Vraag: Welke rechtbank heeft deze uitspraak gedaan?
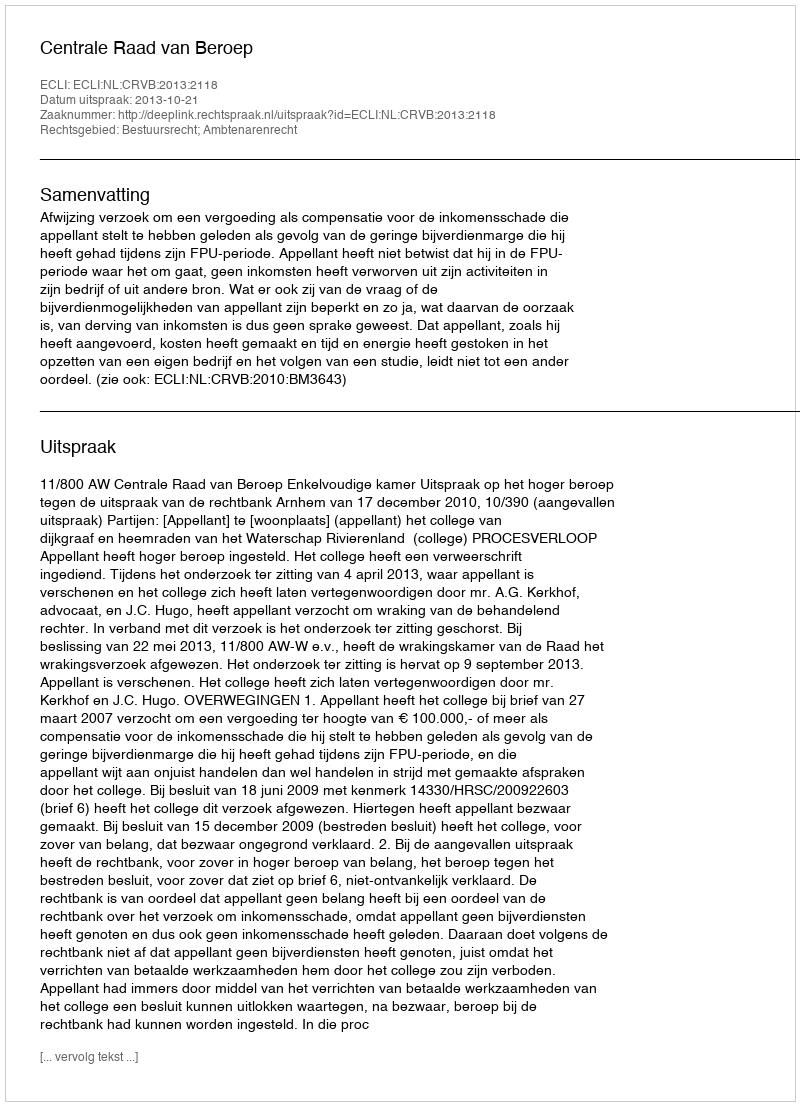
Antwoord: Centrale Raad van Beroep